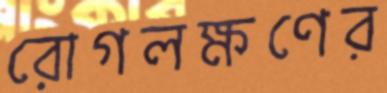
রোগলক্ষণের